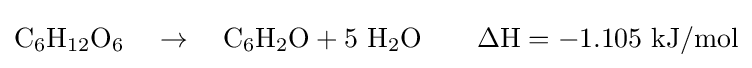
\mathrm {C_{6}H_{12}O_{6}} \quad \rightarrow \quad \mathrm {C_{6}H_{2}O} +\mathrm {5\ H_{2}O\qquad \Delta H=-1.105\ \mathrm {kJ/mol} }